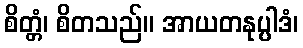
စိတ္တံ၊ စိတသည်။ အာယတနုပ္ပါဒံ၊